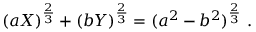
( a X ) ^ { \frac { 2 } { 3 } } + ( b Y ) ^ { \frac { 2 } { 3 } } = ( a ^ { 2 } - b ^ { 2 } ) ^ { \frac { 2 } { 3 } } \ .